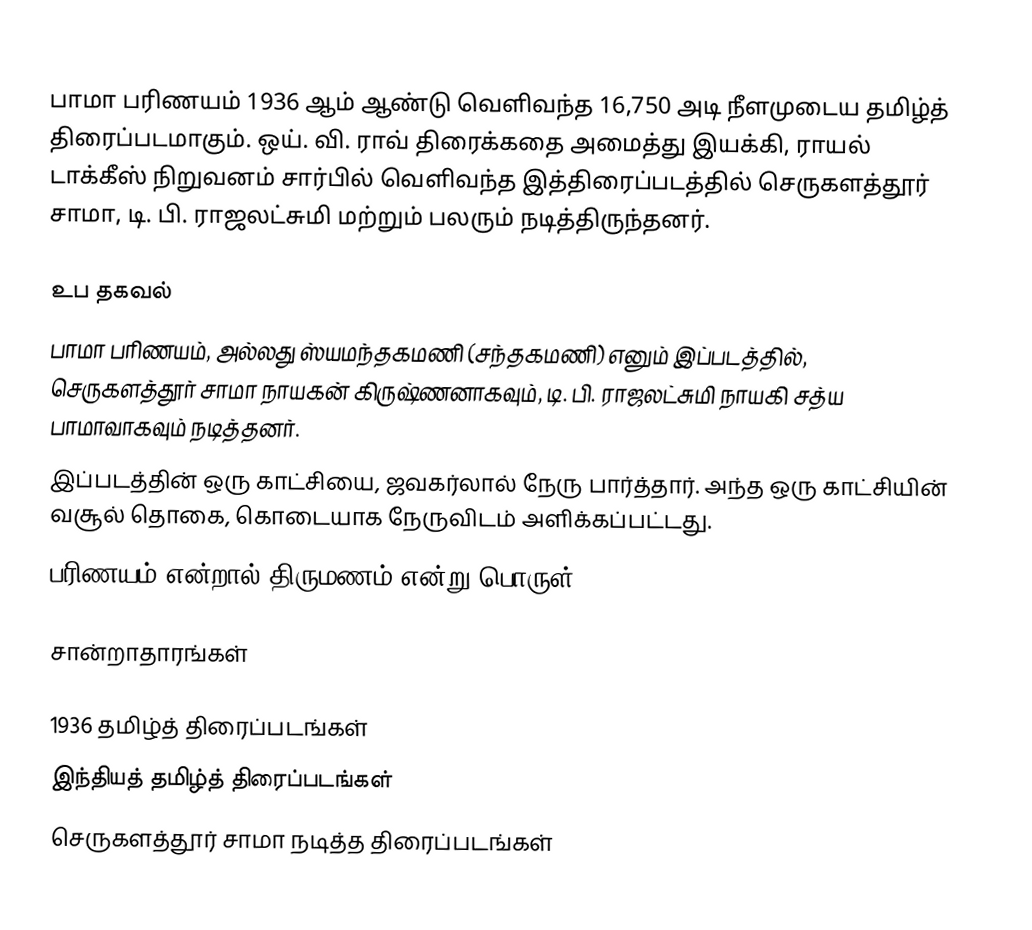
பாமா பரிணயம் 1936 ஆம் ஆண்டு வெளிவந்த 16,750 அடி நீளமுடைய தமிழ்த் திரைப்படமாகும். ஒய். வி. ராவ் திரைக்கதை அமைத்து இயக்கி, ராயல் டாக்கீஸ் நிறுவனம் சார்பில் வெளிவந்த இத்திரைப்படத்தில் செருகளத்தூர் சாமா, டி. பி. ராஜலட்சுமி மற்றும் பலரும் நடித்திருந்தனர்.

உப தகவல்
 பாமா பரிணயம், அல்லது ஸ்யமந்தகமணி (சந்தகமணி) எனும் இப்படத்தில், செருகளத்தூர் சாமா நாயகன் கிருஷ்ணனாகவும், டி. பி. ராஜலட்சுமி நாயகி சத்ய பாமாவாகவும் நடித்தனர்.
 இப்படத்தின் ஒரு காட்சியை, ஜவகர்லால் நேரு பார்த்தார். அந்த ஒரு காட்சியின் வசூல் தொகை, கொடையாக நேருவிடம் அளிக்கப்பட்டது.
 பரிணயம் என்றால் திருமணம் என்று பொருள்.

சான்றாதாரங்கள்

1936 தமிழ்த் திரைப்படங்கள்
இந்தியத் தமிழ்த் திரைப்படங்கள்
செருகளத்தூர் சாமா நடித்த திரைப்படங்கள்